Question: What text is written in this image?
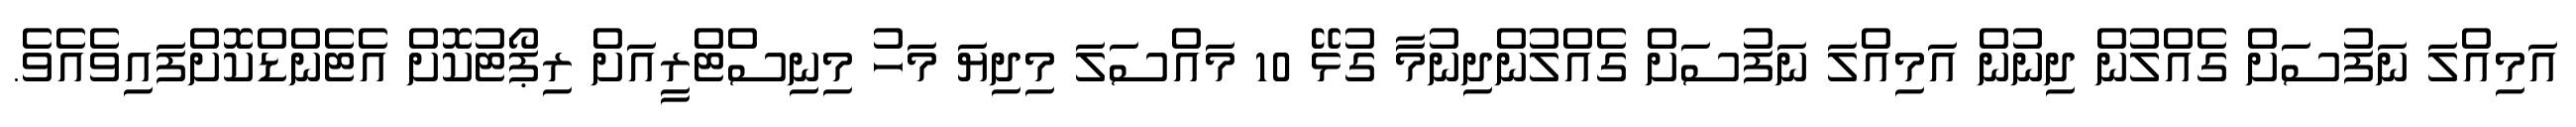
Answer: އަމިއްލަ ނަފުސަށް ގެއްލުން ދިނުން އަމިއްލަ ނަފުސަށް ގެއްލުންދިނުމާ ގުޅޭ 10 މައްސަލަ މިދިޔަ މަހު މިނިސްޓްރީއަށް ރިޕޯޓުކޮށް އެޓެންޑްކޮށްފައިވެއެވެ.